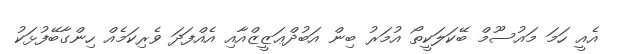
އެއީ ހަމަ މައުސޫމް ބޭކަލަކީތޯ އުމަރު ބިން އަބުދްޢަޒީޒްއާއި އެއްފަދަ ވެރިކަމެއް ހިންގާބޭފުޅަކު